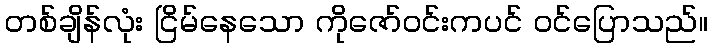
တစ်ချိန်လုံး ငြိမ်နေသော ကိုဇော်ဝင်းကပင် ဝင်ပြောသည်။